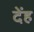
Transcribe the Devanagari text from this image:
देंह